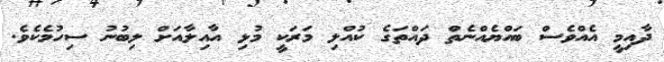
ދާއިމީ އެއްވެސް ބައްޔެއްނެތް ދައްތަގެ ކުއްލި މަރަކީ މުޅި އާއިލާއަށް ލިބުނު ސިހުމެކެވެ.